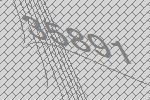
35891